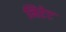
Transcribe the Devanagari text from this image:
निरेट